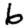
Digit: 6